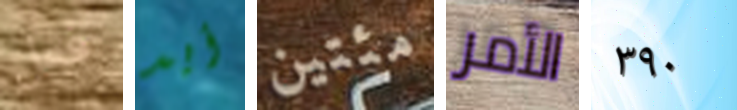
فعل أيد مئتين الأمر ٣٩٠